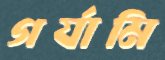
গর্যামি